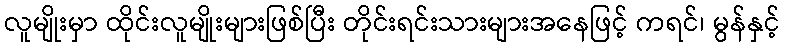
လူမျိုးမှာ ထိုင်းလူမျိုးများဖြစ်ပြီး တိုင်းရင်းသားများအနေဖြင့် ကရင်၊ မွန်နှင့်